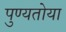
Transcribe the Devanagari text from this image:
पुण्यतोया